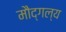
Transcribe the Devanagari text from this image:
मौद्गल्य